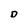
Character: D